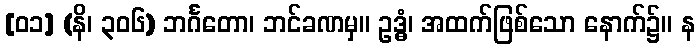
[၀၁] (နိ၊ ၃၀၆) ဘင်္ဂတော၊ ဘင်ခဏမှ။ ဥဒ္ဓံ၊ အထက်ဖြစ်သော နောက်၌။ န